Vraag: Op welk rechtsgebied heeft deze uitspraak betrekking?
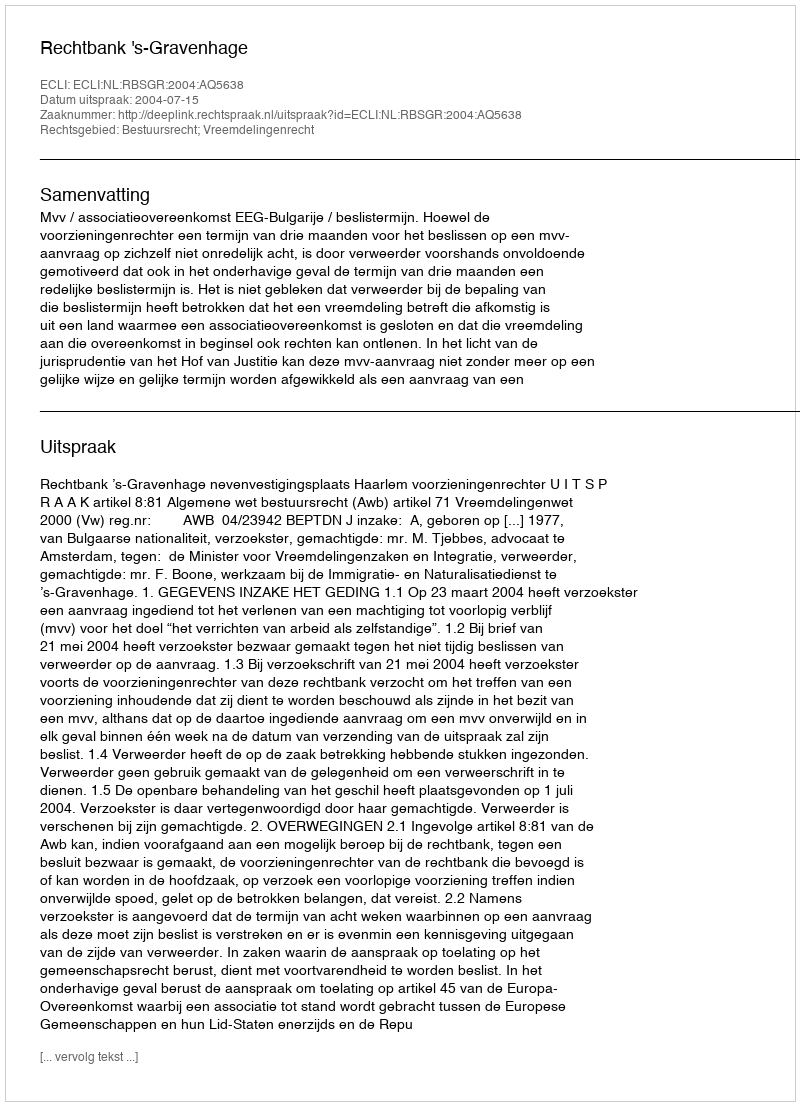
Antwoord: Bestuursrecht; Vreemdelingenrecht